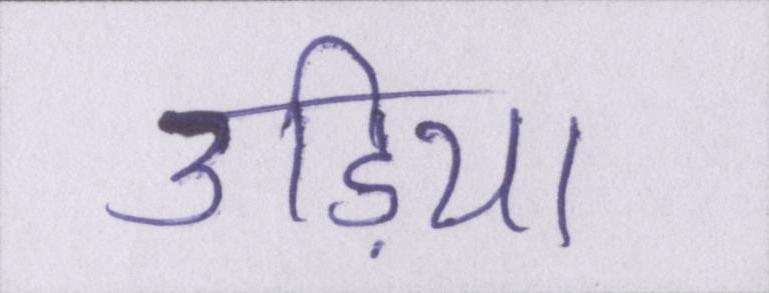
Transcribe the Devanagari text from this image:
उड़िया